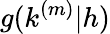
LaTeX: g(k^{(m)}|h)